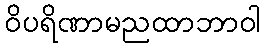
ဝိပရိဏာမညထာဘာဝါ